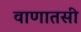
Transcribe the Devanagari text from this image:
वाणातसी